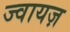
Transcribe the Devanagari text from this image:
ज्वायज़